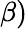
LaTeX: \beta)